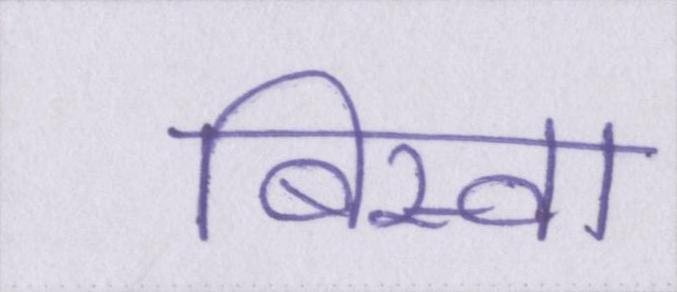
बिस्वा